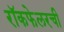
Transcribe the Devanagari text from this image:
रॉकफेलरची